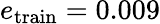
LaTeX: e_{\mathrm{train}}=0.009